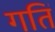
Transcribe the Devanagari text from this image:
गतिं